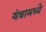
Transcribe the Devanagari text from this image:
यंत्रामध्ये